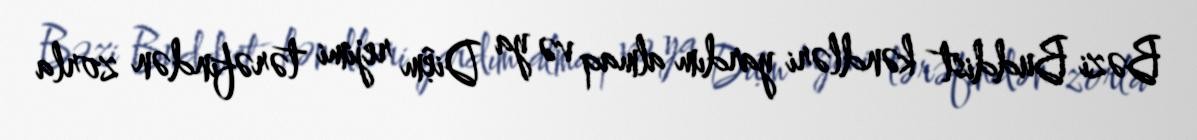
Bəzi Buddist kəndləri yardım almaq və ya Diệm rejimi tərəfindən zorla